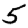
Digit: 5